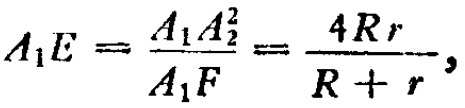
\[A_{1}E = \frac{A_{1}A_{2}^{2}}{A_{1}F}=\frac{4Rr}{R + r},\]